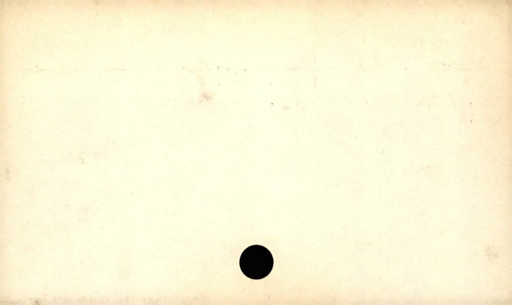
Label: blank